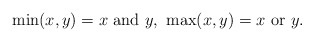
\begin{align*}\min(x,y) = x\hbox{ and }y \hbox{, }\max(x,y) = x\hbox{ or }y.\end{align*}